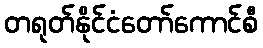
တရုတ်နိုင်ငံတော်ကောင်စီ